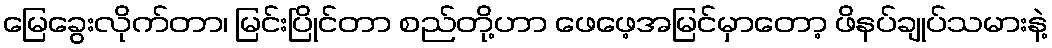
မြေခွေးလိုက်တာ၊ မြင်းပြိုင်တာ စည်တို့ဟာ ဖေဖေ့အမြင်မှာတော့ ဖိနပ်ချုပ်သမားနဲ့